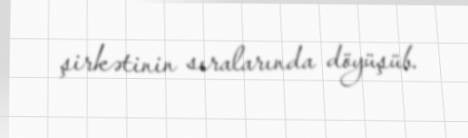
şirkətinin sıralarında döyüşüb.